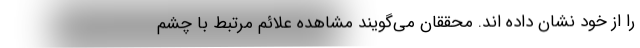
را از خود نشان داده اند. محققان می‌گویند مشاهده علائم مرتبط با چشم